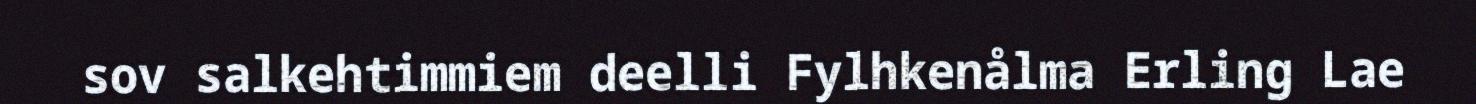
sov salkehtimmiem deelli Fylhkenålma Erling Lae